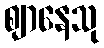
ဈာနေသု